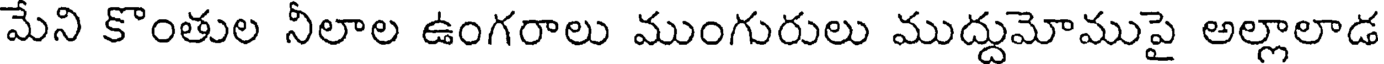
మేని కొంతుల నీలాల ఉంగరాలు ముంగురులు ముద్దుమోముపై అల్లాలాడ